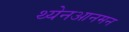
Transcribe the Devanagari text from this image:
थ्येनआनमन